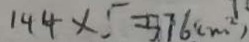
1 4 4 \times 5 = 5 7 6 ( m ^ { 2 } )